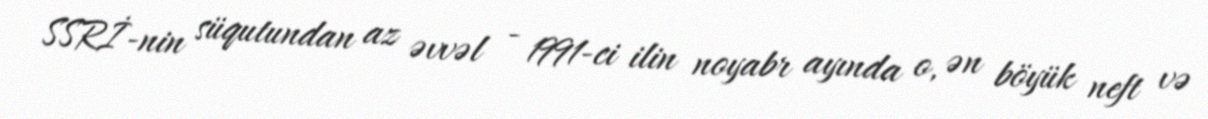
SSRİ-nin süqutundan az əvvəl - 1991-ci ilin noyabr ayında o, ən böyük neft və